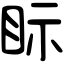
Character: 眎